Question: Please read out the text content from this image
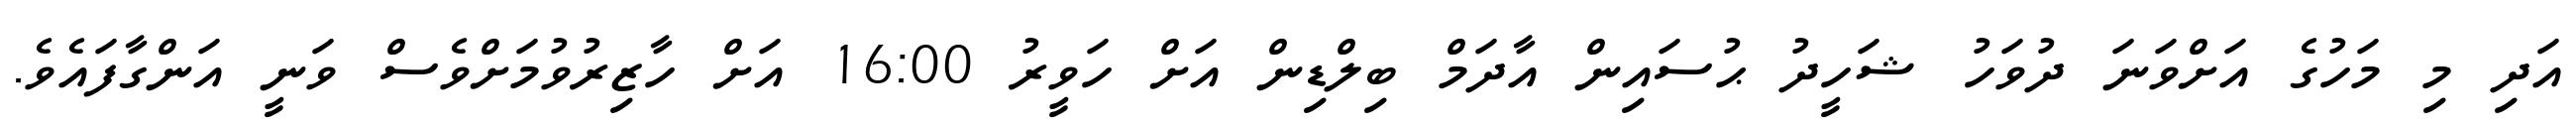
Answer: އަދި މި މަހުގެ އަށްވަނަ ދުވަހު ޝަހީދު ޙުސައިން އާދަމް ބިލްޑިން އަށް ހަވީރު 16:00 އަށް ހާޒިރުވުމަށްވެސް ވަނީ އަންގާފައެވެ.